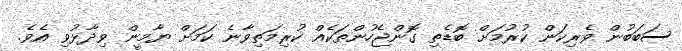
ސަބަބުން ވެރިކަން ކުރުމަށް ބޮޑެތި ގޮންޖެހުންތަކެއް ކުރިމަތިވާނެ ކަމަށް ޔާމީން ވިދާޅުވި އެވެ.